Scottish Certificate of Education, 1962
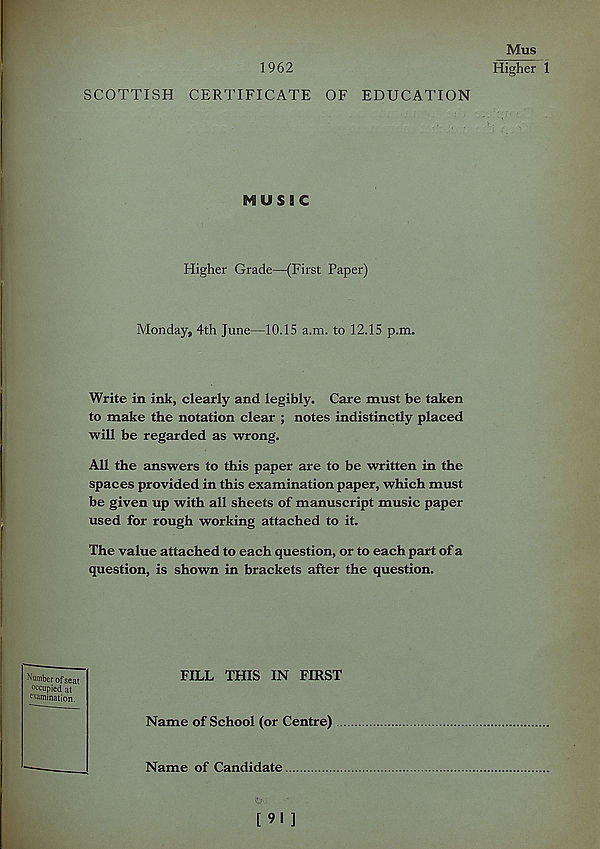
1962
SCOTTISH CERTIFICATE OF EDUCATION
Mus
Higher 1
MUSIC
Higher Grade—(First Paper)
Monday, 4th June—10.15 a.m. to 12.15 p.m.
Write in ink, clearly and legibly. Care must be taken
to make the notation clear ; notes indistinctly placed
will be regarded as wrong.
All the answers to this paper are to be written in the
spaces provided in this examination paper, which must
be given up with all sheets of manuscript music paper
used for rough working attached to it.
The value attached to each question, or to each part of a
question, is shown in brackets after the question.
dumber of seat
occupied at
examination.
FILL THIS IN FIRST
Name of School (or Centre)
Name of Candidate
[ 91 ]